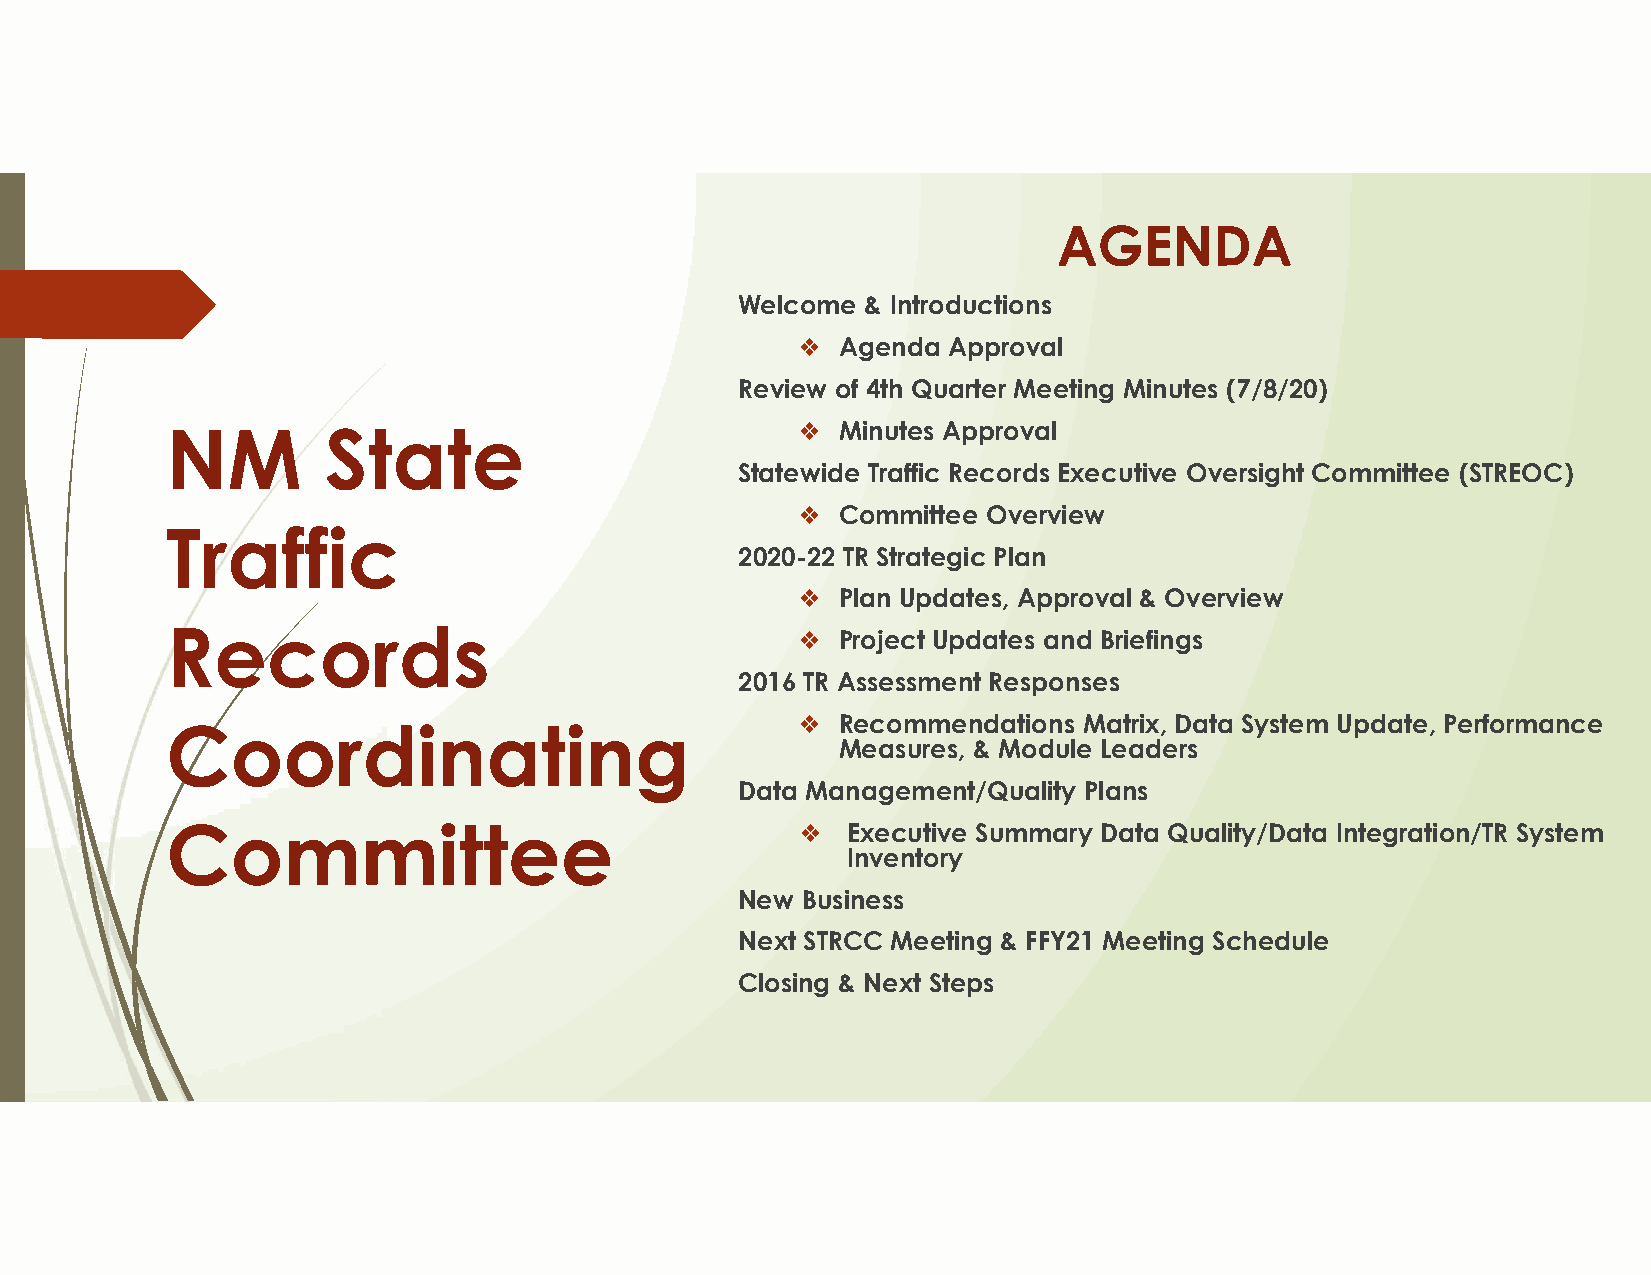
AGENDA
 Welcome & Introductions
 ❖ Agenda  Approval
 Review of 4th Quarter Meeting Minutes (7/8/20)
 NM        State                           ❖ Minutes Approval
 Statewide Traffic Records Executive Oversight Committee (STREOC)
 ❖ Committee Overview
 Traffic
 2020-22 TR Strategic Plan
 ❖ Plan Updates, Approval & Overview
 Records
 ❖ Project Updates and Briefings
 2016 TR Assessment Responses
 ❖ Recommendations  Matrix, Data System Update, Performance
 Coordinating
 Measures, & Module Leaders
 Data Management/Quality Plans
 Committee                                 ❖  Executive Summary Data Quality/Data Integration/TR System
 Inventory
 New Business
 Next STRCC Meeting & FFY21 Meeting Schedule
 Closing & Next Steps